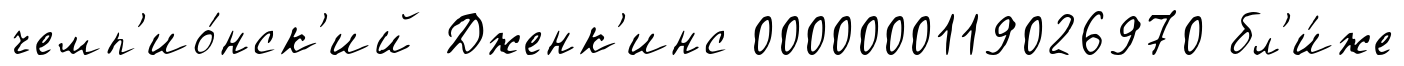
чемп'ио́нск'ий Дженк'инс 0000000119026970 бл'и́же